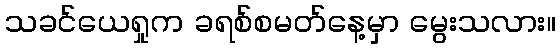
သခင်ယေရှုက ခရစ်စမတ်နေ့မှာ မွေးသလား။